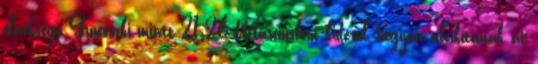
elnöksége Gruevszki miatt 21:26 Márciusban kiderül, hogyan alakítanák át